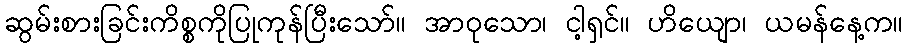
ဆွမ်းစားခြင်းကိစ္စကိုပြုကုန်ပြီးသော်။ အာဝုသော၊ ငါ့ရှင်။ ဟိယျော၊ ယမန်နေ့က။